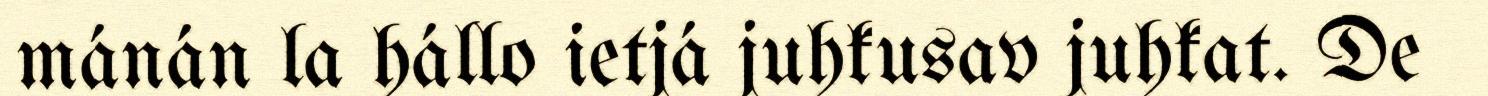
mánán la hállo ietjá juhkusav juhkat. De